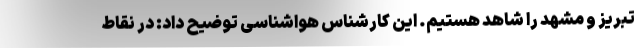
تبریز و مشهد را شاهد هستیم. این کارشناس هواشناسی توضیح داد: در نقاط